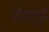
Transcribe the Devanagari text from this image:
सेरलुई